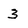
Character: 3